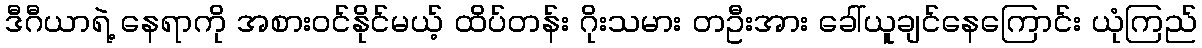
ဒီဂီယာရဲ့ နေရာကို အစားဝင်နိုင်မယ့် ထိပ်တန်း ဂိုးသမား တဦးအား ခေါ်ယူချင်နေကြောင်း ယုံကြည်